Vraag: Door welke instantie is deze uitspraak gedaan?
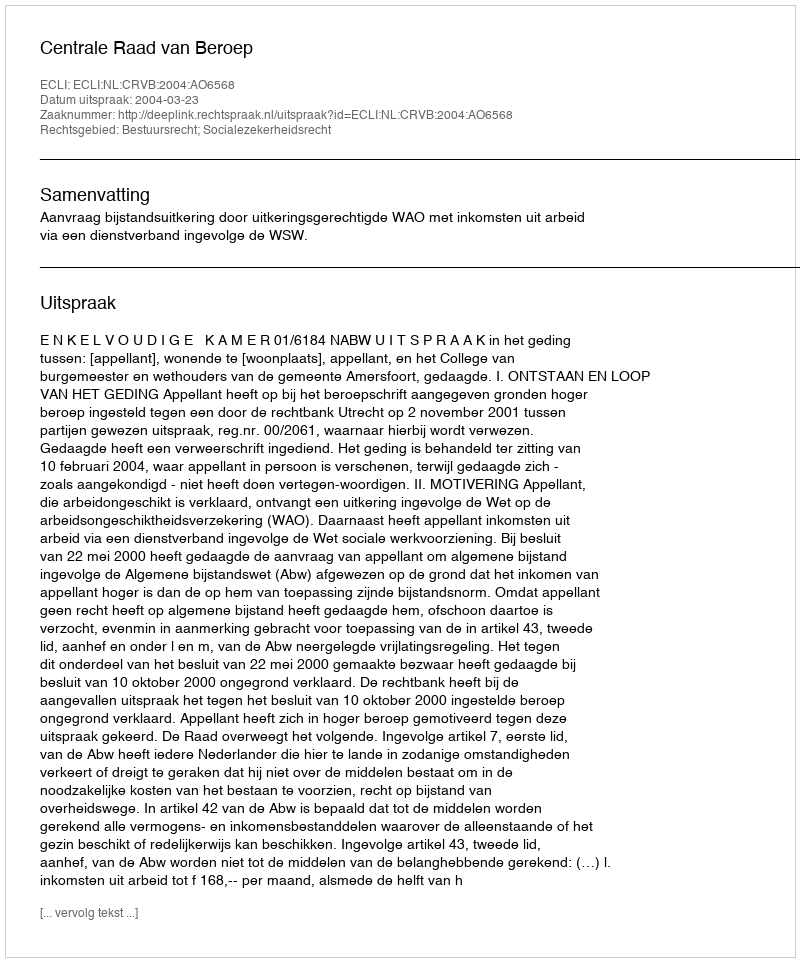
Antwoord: Centrale Raad van Beroep